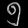
Digit: ၅